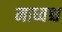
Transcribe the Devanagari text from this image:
माध्वश्च